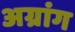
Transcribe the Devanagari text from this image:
अग्रांग